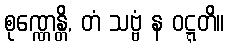
စုဏ္ဏေန္တိ, တံ သဗ္ဗံ န ဝဋ္ဋတိ။